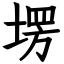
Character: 塄